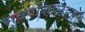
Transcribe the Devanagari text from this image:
सुवर्णकाळातला